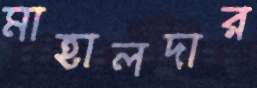
মাহালদার